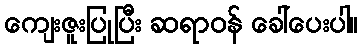
ကျေးဇူးပြုပြီး ဆရာဝန် ခေါ်ပေးပါ။